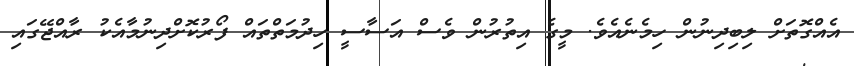
އެއްގޮތަށް ލިބިދިނުން ހިމެނެއެވެ. މީގެ އިތުރުން ވެސް އަސާސީ ހިދުމަތްތައް ފޯރުކޮށްދިނުމާއެކު ރާއްޖޭގައި